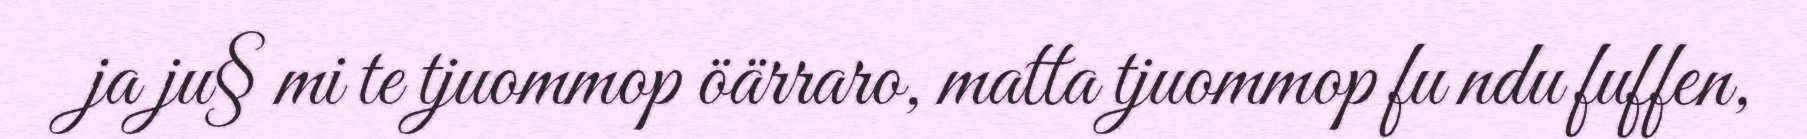
ja ju§ mi te tjuommop öärraro, matta tjuommop fu ndu fuffen,